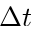
\Delta t